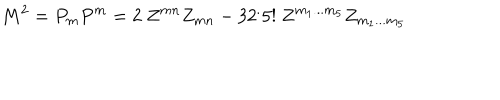
M ^ { 2 } = P _ { m } P ^ { m } = 2 ~ Z ^ { m n } Z _ { m n } - 3 2 ^ { . } 5 ! ~ Z ^ { m _ { 1 } . . . m _ { 5 } } Z _ { m _ { 1 } . . . m _ { 5 } }